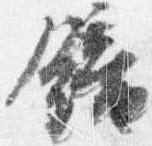
鐘